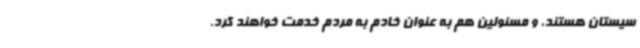
سیستان هستند، و مسئولین هم به عنوان خادم به مردم خدمت خواهند کرد.